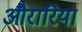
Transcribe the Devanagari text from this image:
औरारिया